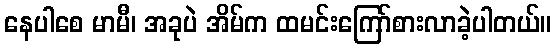
နေပါစေ မာမီ၊ အခုပဲ အိမ်က ထမင်းကြော်စားလာခဲ့ပါတယ်။